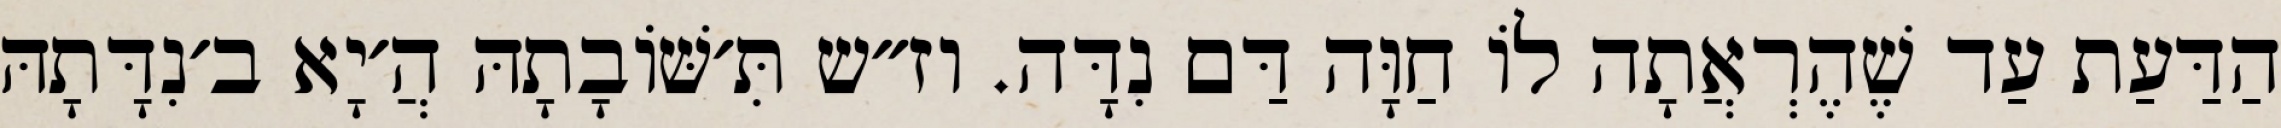
הַדַּעַת עַד שֶׁהֶרְאֲתָה לוֹ חַוָּה דַּם נִדָּה. וז״ש תִּ׳שּׁוֹבָתָהּ הֲ׳יָא ב׳נִדָּתָהּ